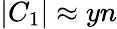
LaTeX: |C_{1}|\approx yn